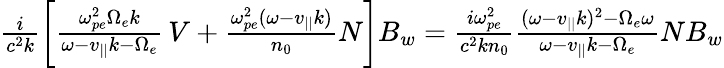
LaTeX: \begin{array}{r}{\frac{i}{c^{2}k}\bigg[\frac{\omega_{pe}^{2}\Omega_{e}k}{\omega-v_{||}k-\Omega_{e}}\, V+\frac{\omega_{pe}^{2}(\omega-v_{||}k)}{n_{0}}N\bigg]B_{w}=\frac{i\omega_{pe}^{2}}{c^{2}kn_{0}}\frac{(\omega-v_{||}k)^{2}-\Omega_{e}\omega}{\omega-v_{||}k-\Omega_{e}}NB_{w}}\end{array}